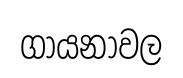
ගායනාවල